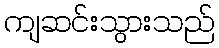
ကျဆင်းသွားသည်